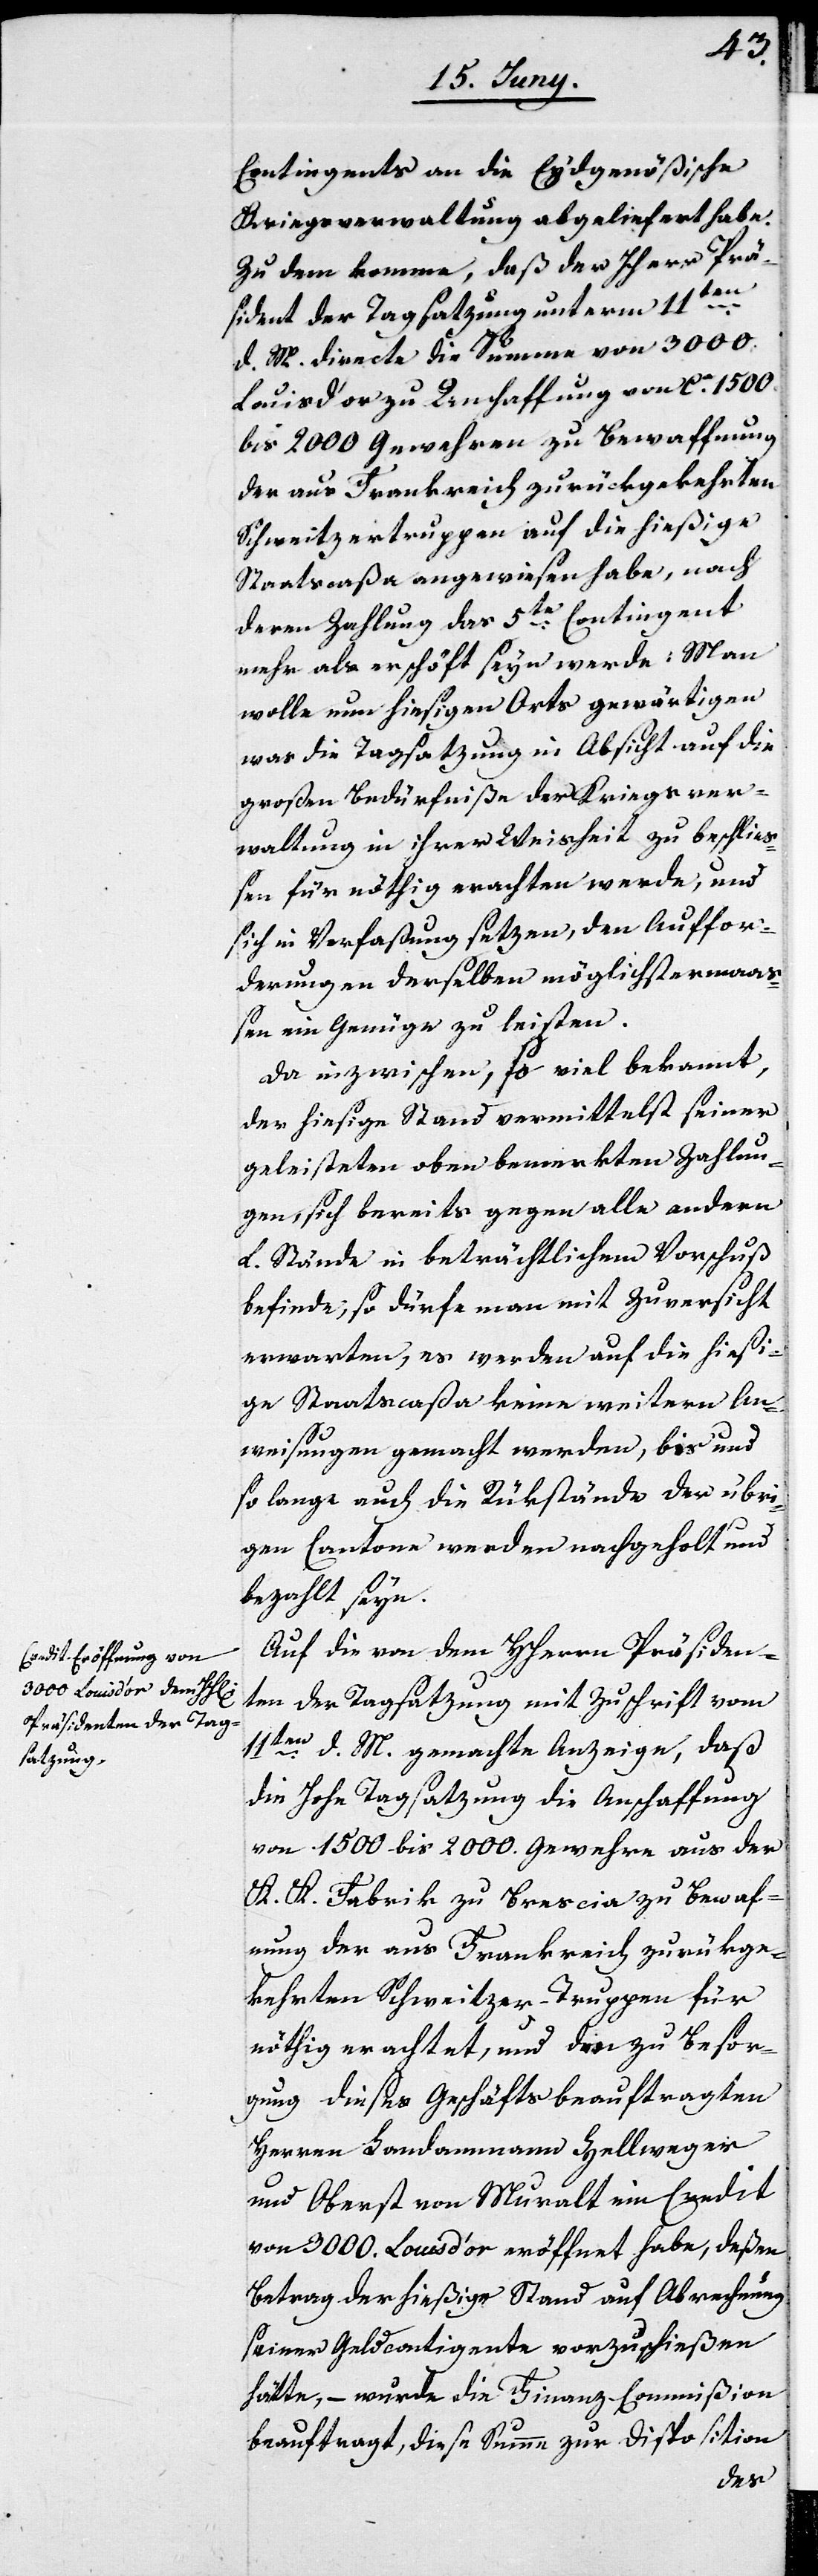
Contingents an die Eydgenößische
Kriegsverwaltung abgeliefert habe.
Zu dem komme, daß der Herr Prä¬
sident der Tagsatzung unterm 11ten
d. M. directe die Summe von 3000.
Louis d’or zu Beschaffung von ca 1500.
bis 2000 Gewehren zu Bewaffnung
der aus Frankreich zurückgekehrten
Schweitzertruppen auf die hießige
Staatscaßa angewiesen habe, nach
deren Zahlung das 5te Contingent
mehr als erschöpft seyn werde: Man
wolle nun hiesigen Orts gewärtigen,
was die Tagsatzung in Absicht auf die
großen Bedürfniße der Kriegsver¬
waltung in ihrer Weisheit zu beschließ¬
en für nöthig erachten werde, und
sich in Verfaßung setzen, den Auffor¬
derungen derselben möglichstermaaß¬
en ein Genüge zu leisten.
Da inzwischen, so viel bekannt,
der hiesige Stand vermittelst seiner
geleisteten oben bemerkten Zahlun¬
gen, sich bereits gegen alle andern
L. Stände in beträchtlichem Vorschuß
befinde, so dürfe man mit Zuversicht
erwarten, es werden auf die hießi¬
ge Staatscaßa keine weiteren An¬
weisungen gemacht werden, bis und
so lange auch die Rükstände der übri¬
gen Cantone werden aufgeholt und
bezahlt seyn.
Auf die von dem HHerrn Präsiden¬
ten der Tagsatzung mit Zuschrift vom
11ten d. M. gemachte Anzeige, daß
die Hohe Tagsatzung die Anschaffung
von 1500 bis 2000. Gewehren aus der
K. K. Fabrik zu Brescia zu Bewaf¬
fnung der aus Frankreich zurückge¬
kehrten Schweitzer-Truppen für
nöthig erachtet, und der zu Besor¬
gung dieses Geschäfts beauftragten
Herren Landammann Zellweger
und Oberst von Muralt ein Credit
von 3000. Louis d’or eröffnet habe, deßen
Betrag der hießige Stand auf Abrechnung
seiner Geldcontingente vorzuschießen
hätte, – wurde die Finanz-Commißion
beauftragt, diese Summe zur Disposition